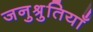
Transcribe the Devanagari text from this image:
जनुश्रुतियाँ